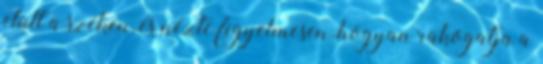
elült a széken, és nézte figyelmesen, hogyan rakogatja a